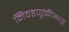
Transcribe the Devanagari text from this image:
निवडणूकीआधी